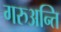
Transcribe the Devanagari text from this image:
गरुअन्ति